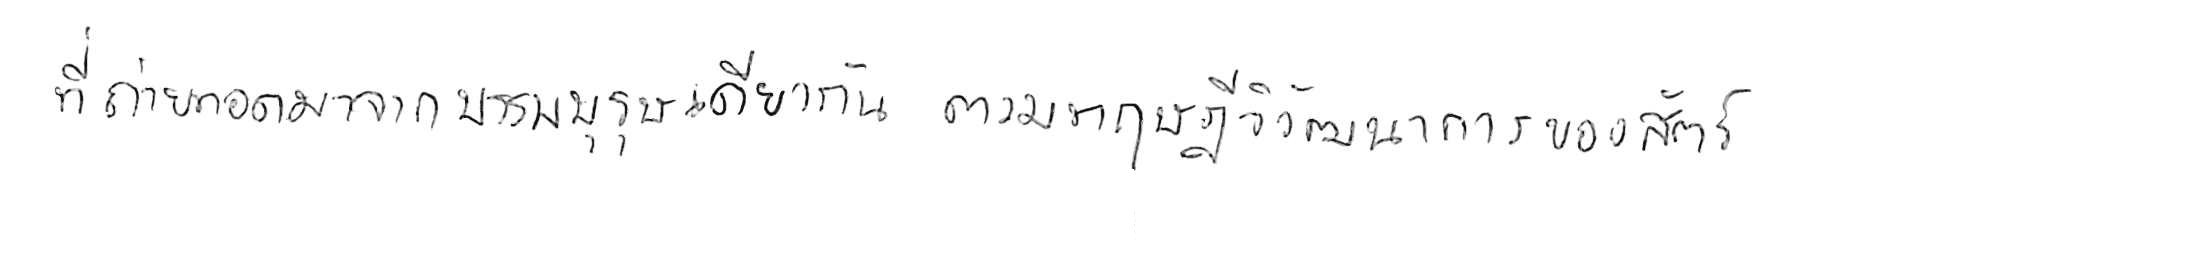
ที่ถ่ายทอดมาจากบรรพบุรุษเดียวกัน ตามทฤษฎีวิวัฒนาการของสัตว์